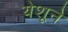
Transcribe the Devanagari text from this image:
येशूने